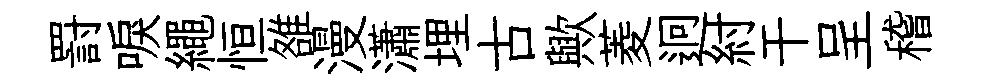
罸唳繩恒雒漫瀟埋古歟菱迥紂干呈稽